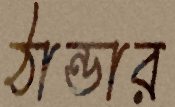
ঠান্ডার